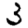
Digit: 3